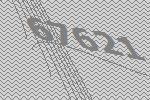
67621